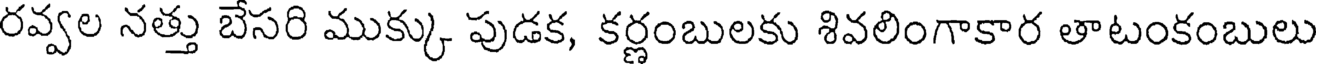
రవ్వల నత్తు బేసరి ముక్కు పుడక, కర్ణంబులకు శివలింగాకార తాటంకంబులు